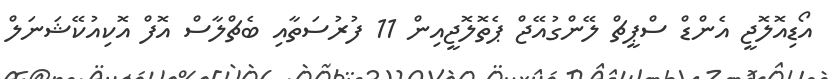
އޯޑިއޮލޮޖީ އެންޑް ސްޕީޗް ލޭންގުއޭޖް ޕެތޮލޮޖީއިން 11 ފުރުސަތާއި ބެޗްލާސް އޮފް އޮކިއުކޭޝަނަލް